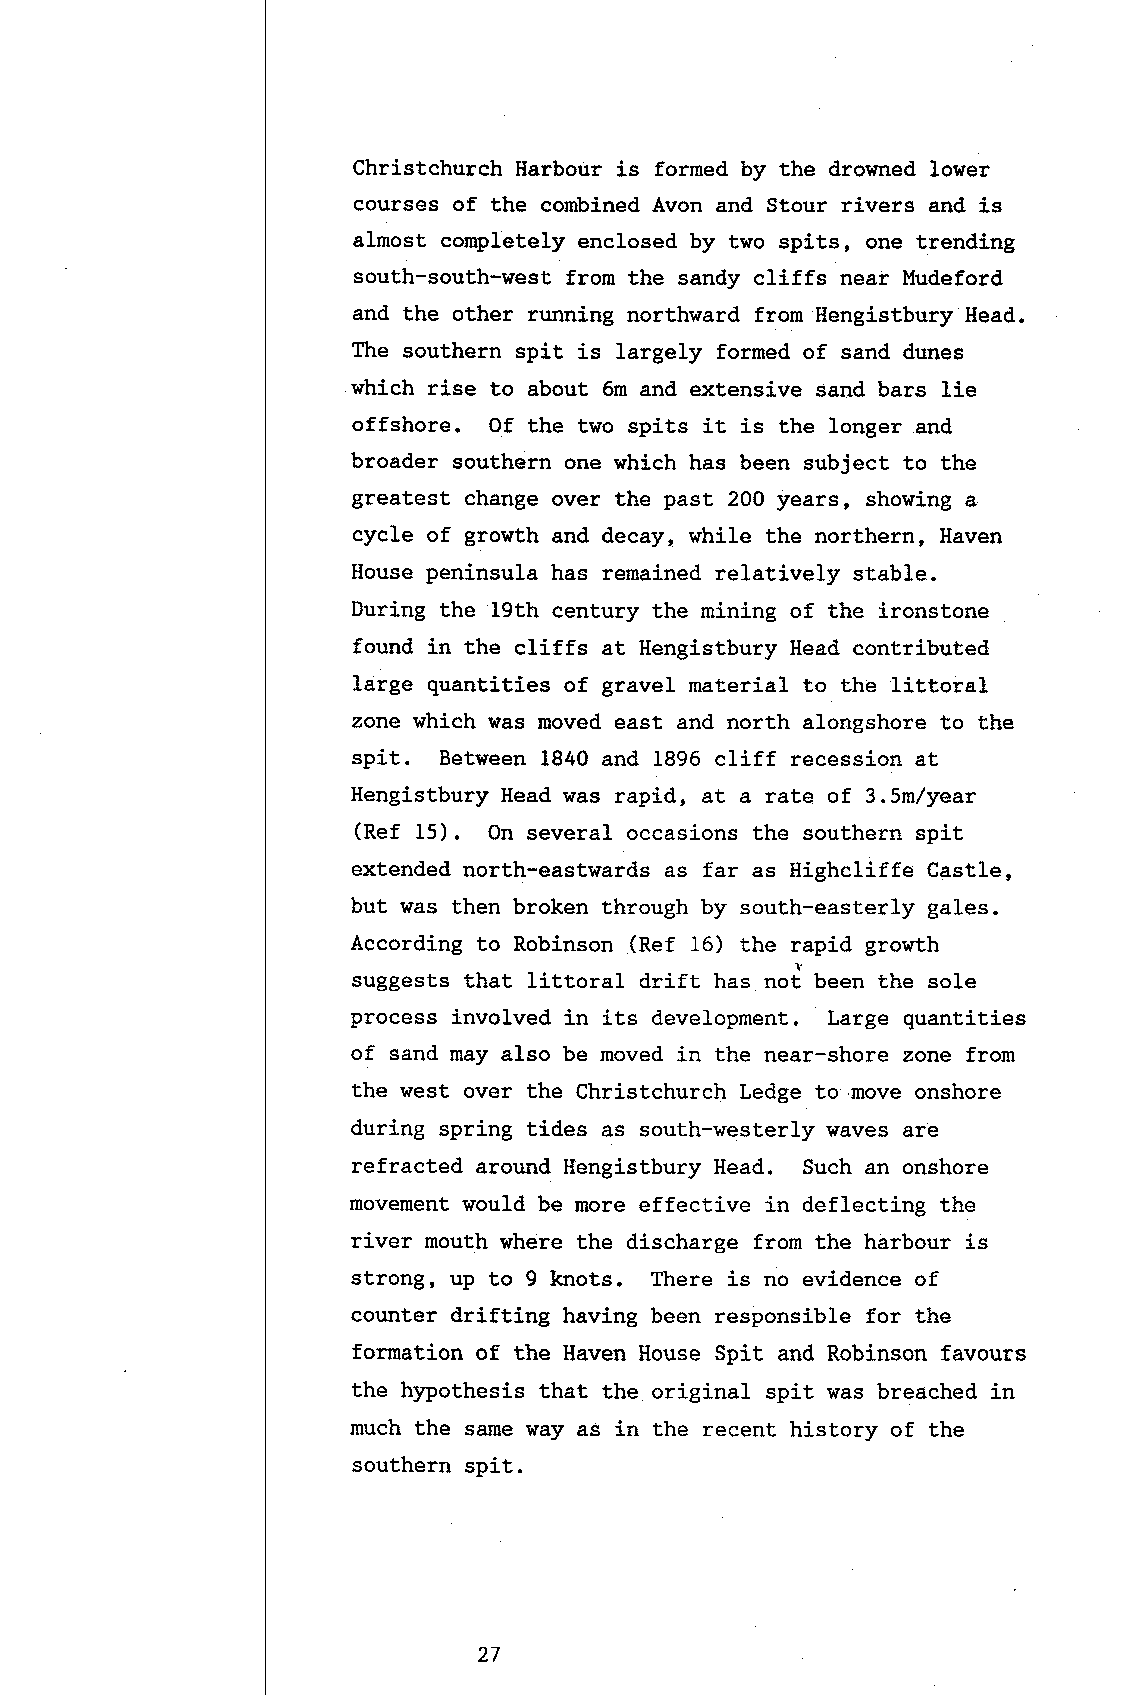
Christchurch Harbour is formed by the drowned lower
 eourses of the combined Avon and Stour rivers and is
 almost completely enclosed by two spits, one trending
 south-south-west from the sandy cliffs near Mudeford
 and the other running northward from Hengistbury Head.
 The southern spit is largely formed of sand dunes
 which rise to about 6m and extensive sand bars lie
 offshore. Of the two spits it is the longer and
 broader southern one which has been subject to the
 greatest change over the past 200 years, showing a
 cycle of growth and decay, while the northern, Haven
 House peninsula has remained relatively stable.
 During the 19th century the mining of the ironstone
 found in the cliffs at Hengistbury Head contributed
 large quantities of gravel material to the littoral
 zone which was moved east and north alongshore to the
 spit. Between 1840 and 1896 cliff reeession at
 Hengistbury Head was rapid, at a rate of 3.Sm/year
 (Ref 15). On several occasions the southern spit
 extended north-eastwards as far as Highcliffe Castle,
 but was then broken through by south-easterly gales.
 According to Robinson (Ref 16) the rapid growth
 suggests that littoral drift has ,roJ b..r, the sole
 process involved in its development. Large quantities
 of sand may also be moved in the near-shore zone from
 the west over the Christchurch Ledge to,move onshore
 during spring tides as south-vesterly \raves are
 refracted around Hengistbury Head. Such an onshore
 movement would be more effective in deflecting the
 river mouth where the discharge from the harbour is
 strong, up to 9 knots. There is no evidence of
 counter drifting having been responsible for the
 formation of the Haven House Spit and Robinson favours
 the hypothesis that the original spit was breached in
 much the same way as in the reeent history of the
 southern spit.
 27